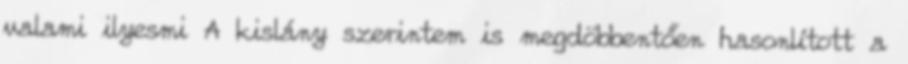
valami ilyesmi A kislány szerintem is megdöbbentően hasonlított a